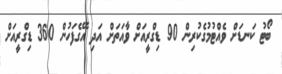
ބޯޓު ކަނޑަށް ވެއްޓުމުގެކުރިން 90 ޑިގްރީއަށް ވާއަތަށް އަދި އޭގެފަހުން 360 ޑިގްރީއަށް